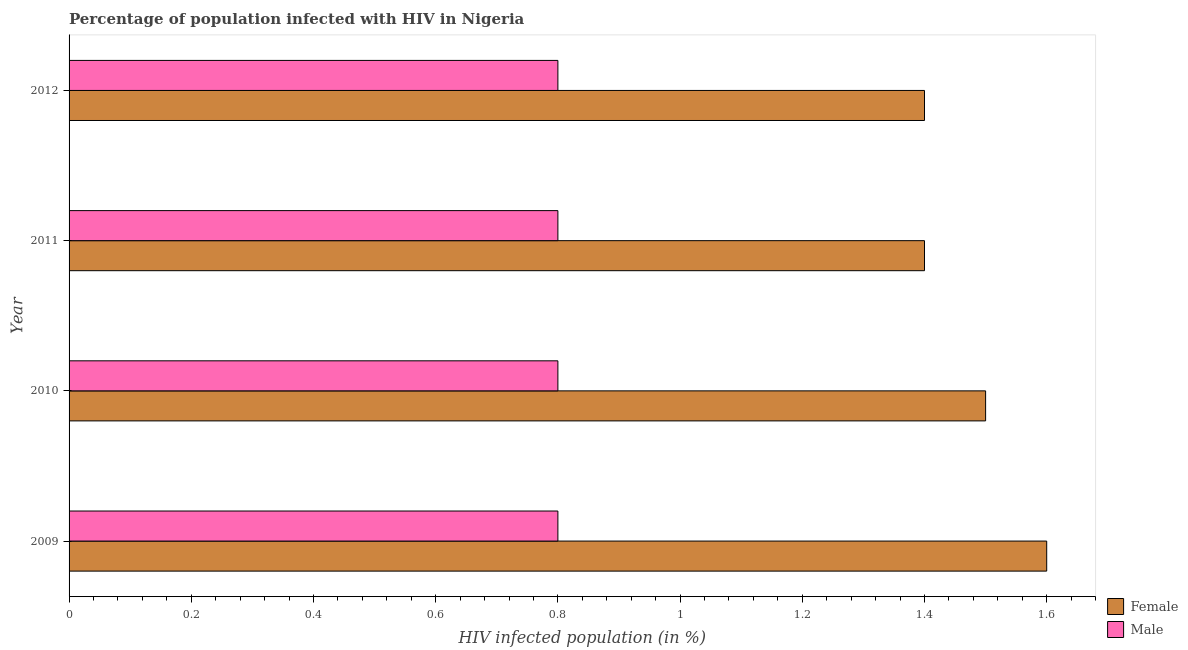
| Year | Female | Male |
 | --- | --- | --- |
 | 2009 | 1.6 | 0.8 |
 | 2010 | 1.5 | 0.8 |
 | 2011 | 1.4 | 0.8 |
 | 2012 | 1.4 | 0.8 |